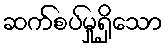
ဆက်စပ်မှုရှိသော